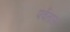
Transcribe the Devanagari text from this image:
पर्वतास